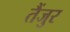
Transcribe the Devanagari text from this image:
तैंजुर